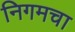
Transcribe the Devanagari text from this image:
निगमचा